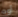
أوه